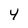
Character: 4